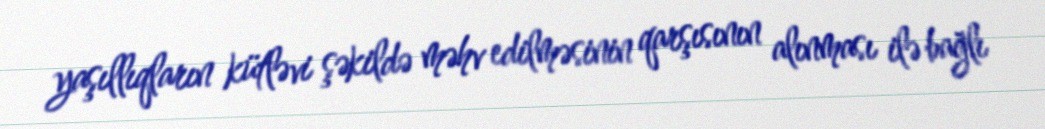
yaşıllıqların kütləvi şəkildə məhv edilməsinin qarşısının alınması ilə bağlı